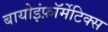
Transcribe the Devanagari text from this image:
बायोइंफ़ॉर्मेटिक्स